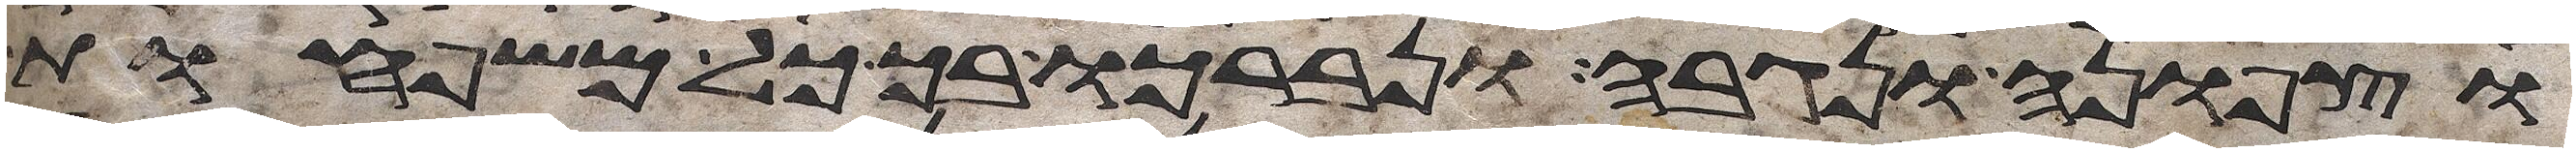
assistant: וצפונה ונגבה ונברכו בך כל משפחות